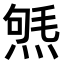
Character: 𤋤